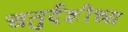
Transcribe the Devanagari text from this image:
चतुर्दशीच्य